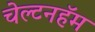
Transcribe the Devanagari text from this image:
चेल्टनहॅम